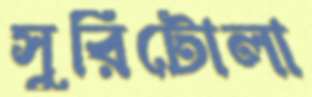
সুরিটোলা